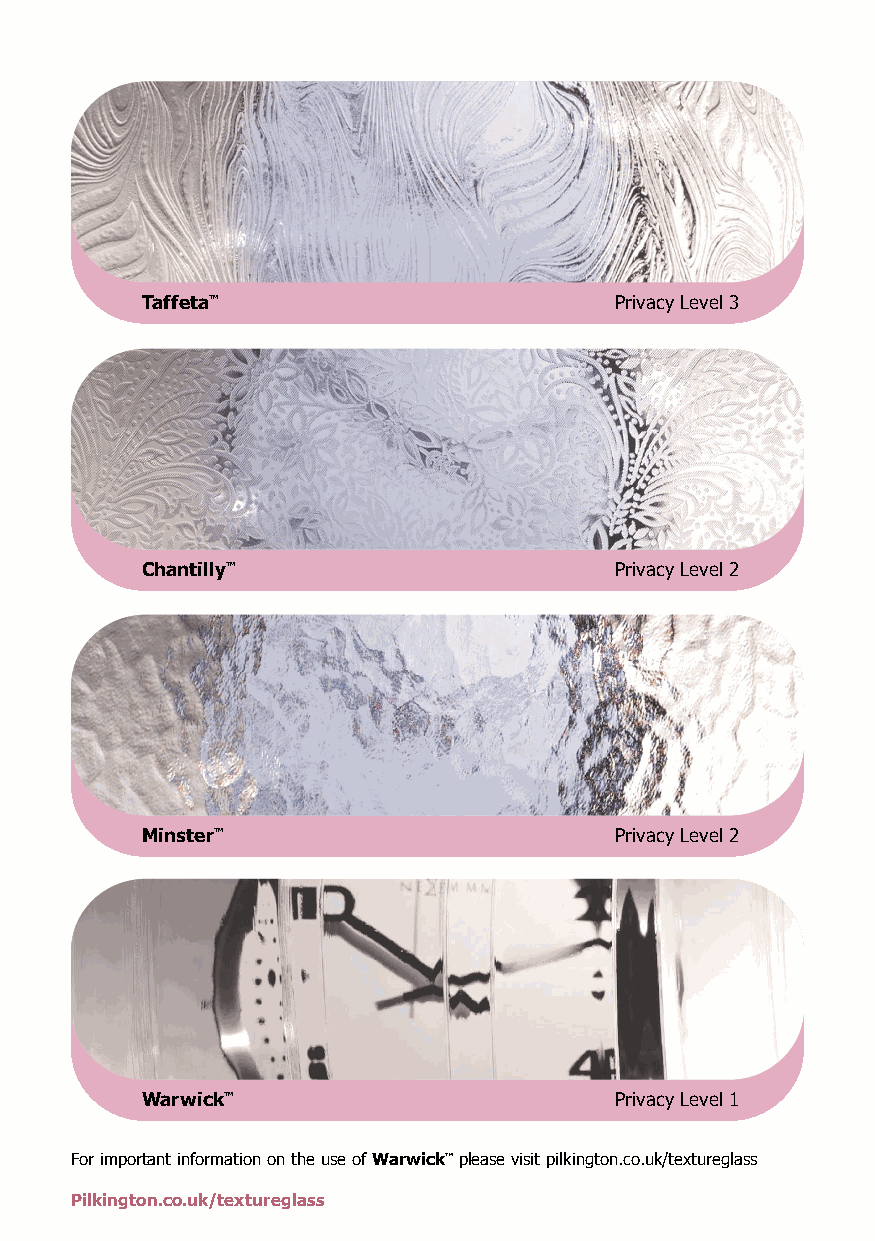
Taffeta™                        Privacy Level 3
 Chantilly™                      Privacy Level 2
 Minster™                        Privacy Level 2
 Warwick™                        Privacy Level 1
 For important information on the use of Warwick™ please visit pilkington.co.uk/textureglass
 Pilkington.co.uk/textureglass